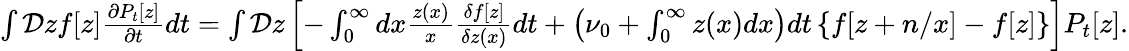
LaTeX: \begin{array}{r}{\int\mathcal{D}zf[z]\frac{\partial P_{t}[z]}{\partial t}dt=\int\mathcal{D}z\left[-\int_{0}^{\infty}dx\frac{z(x)}{x}\frac{\delta f[z]}{\delta z(x)}dt+\left(\nu_{0}+\int_{0}^{\infty}z(x)dx\right)dt\left\{ f[z+n/x]-f[z]\right\} \right]P_{t}[z].}\end{array}